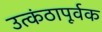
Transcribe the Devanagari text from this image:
उत्कंठापूर्वक